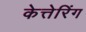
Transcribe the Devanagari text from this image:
केत्तेरिंग